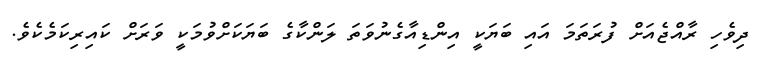
ދިވެހި ރާއްޖެއަށް ފުރަތަމަ އައި ބަޔަކީ އިންޑިއާގެނުވަތަ ލަންކާގެ ބަޔަކަށްވުމަކީ ވަރަށް ކައިރިކަމެކެވެ.